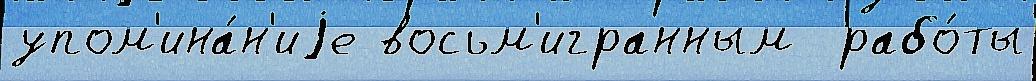
упом'ина́н'иjе восьм'игранным  рабо́ты